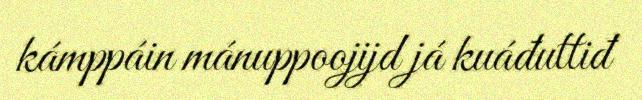
kámppáin mánuppoojijd já kuáđuttiđ